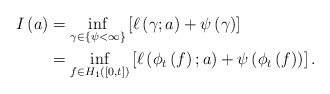
\begin{align*}I \left( a \right) &= \inf_{\gamma \in \left\lbrace \psi < \infty \right\rbrace} \left[ \ell \left( \gamma ; a \right) + \psi \left( \gamma \right) \right]\\&= \inf_{f \in H_{1} \left( \left[ 0,t \right] \right)} \left[ \ell \left( \phi_{t} \left( f \right) ; a \right) + \psi \left( \phi_{t} \left( f \right) \right) \right].\end{align*}